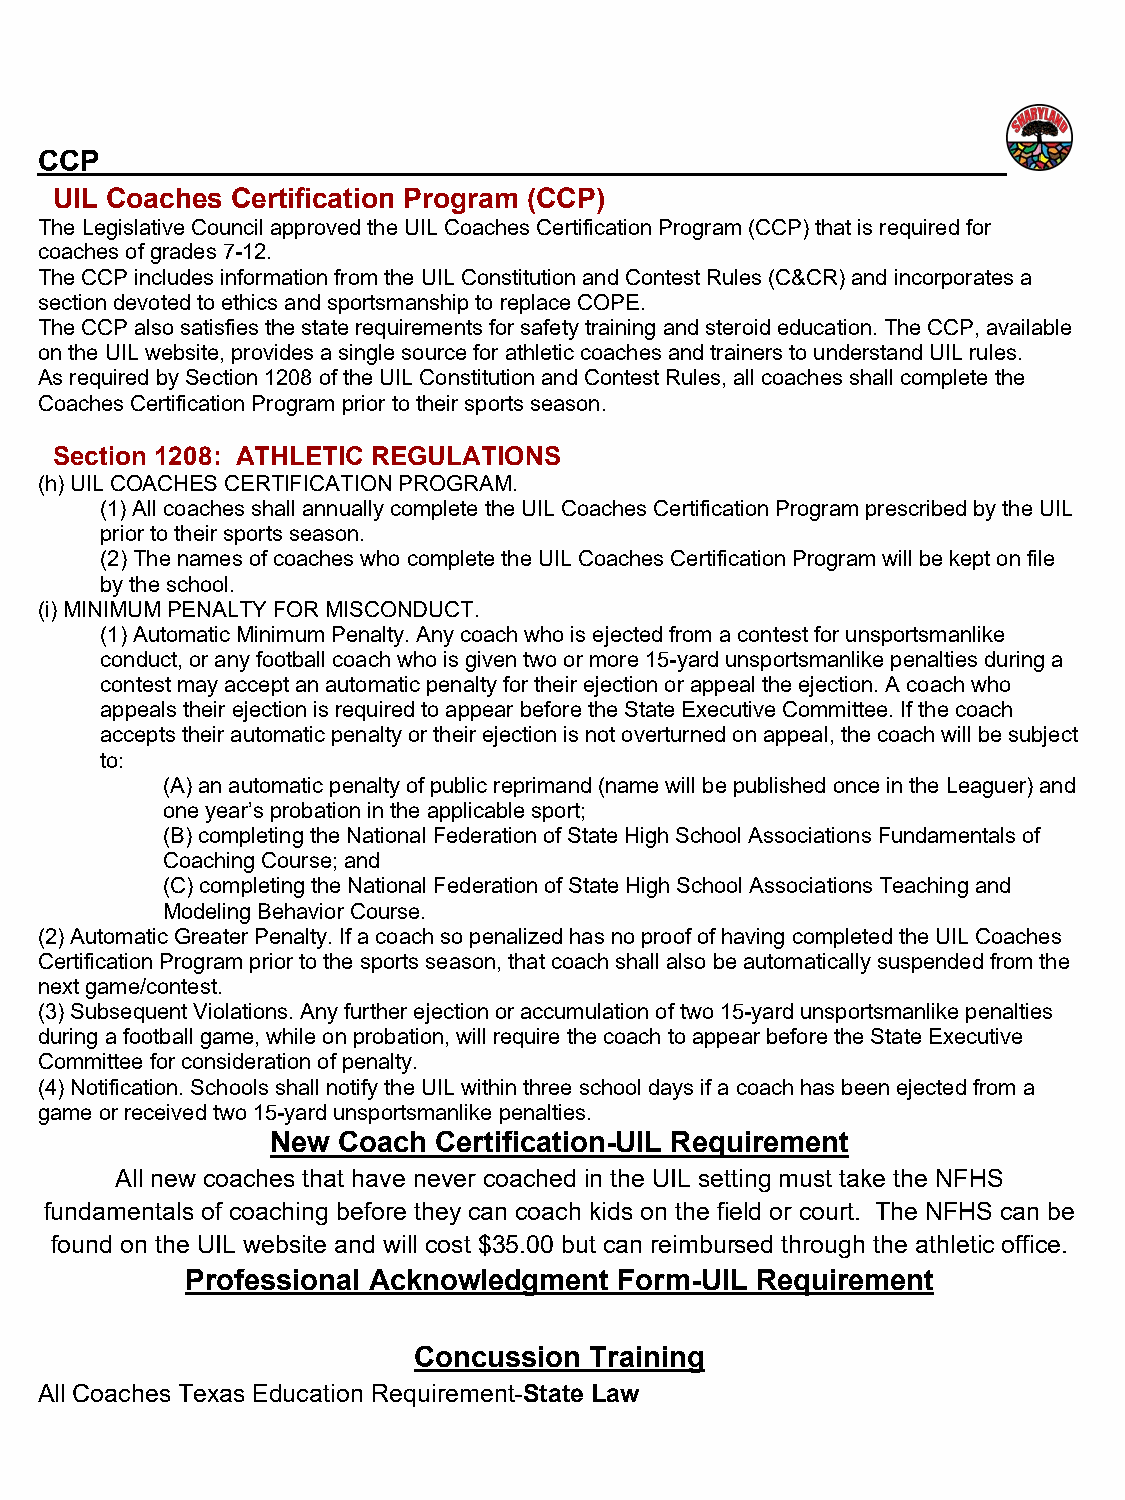
CCP
 UIL Coaches Certification Program (CCP)
 The Legislative Council approved the UIL Coaches Certification Program (CCP) that is required for
 coaches of grades 7-12.
 The CCP includes information from the UIL Constitution and Contest Rules (C&CR) and incorporates a
 section devoted to ethics and sportsmanship to replace COPE.
 The CCP also satisfies the state requirements for safety training and steroid education. The CCP, available
 on the UIL website, provides a single source for athletic coaches and trainers to understand UIL rules.
 As required by Section 1208 of the UIL Constitution and Contest Rules, all coaches shall complete the
 Coaches Certification Program prior to their sports season.
 Section 1208: ATHLETIC REGULATIONS
 (h) UIL COACHES CERTIFICATION PROGRAM.
 (1) All coaches shall annually complete the UIL Coaches Certification Program prescribed by the UIL
 prior to their sports season.
 (2) The names of coaches who complete the UIL Coaches Certification Program will be kept on file
 by the school.
 (i) MINIMUM PENALTY FOR MISCONDUCT.
 (1) Automatic Minimum Penalty. Any coach who is ejected from a contest for unsportsmanlike
 conduct, or any football coach who is given two or more 15-yard unsportsmanlike penalties during a
 contest may accept an automatic penalty for their ejection or appeal the ejection. A coach who
 appeals their ejection is required to appear before the State Executive Committee. If the coach
 accepts their automatic penalty or their ejection is not overturned on appeal, the coach will be subject
 to:
 (A) an automatic penalty of public reprimand (name will be published once in the Leaguer) and
 one year’s probation in the applicable sport;
 (B) completing the National Federation of State High School Associations Fundamentals of
 Coaching Course; and
 (C) completing the National Federation of State High School Associations Teaching and
 Modeling Behavior Course.
 (2) Automatic Greater Penalty. If a coach so penalized has no proof of having completed the UIL Coaches
 Certification Program prior to the sports season, that coach shall also be automatically suspended from the
 next game/contest.
 (3) Subsequent Violations. Any further ejection or accumulation of two 15-yard unsportsmanlike penalties
 during a football game, while on probation, will require the coach to appear before the State Executive
 Committee for consideration of penalty.
 (4) Notification. Schools shall notify the UIL within three school days if a coach has been ejected from a
 game or received two 15-yard unsportsmanlike penalties.
 New Coach  Certification-UIL Requirement
 All new coaches that have never coached in the UIL setting must take the NFHS
 fundamentals of coaching before they can coach kids on the field or court. The NFHS can be
 found on the UIL website and will cost $35.00 but can reimbursed through the athletic office.
 Professional Acknowledgment  Form-UIL Requirement
 Concussion  Training
 All Coaches Texas Education Requirement-State Law